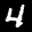
Label: 4